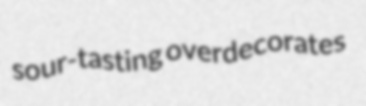
sour-tasting overdecorates